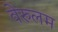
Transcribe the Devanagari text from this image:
वेरुलम